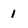
Character: 1